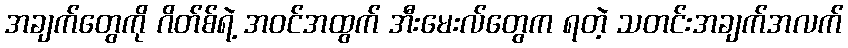
အချက်တွေကို ဂိတ်စ်ရဲ့ အဝင်အထွက် အီးမေးလ်တွေက ရတဲ့ သတင်းအချက်အလက်